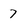
Character: 7